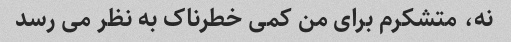
نه، متشکرم برای من کمی خطرناک به نظر می رسد